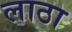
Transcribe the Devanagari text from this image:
लाठा